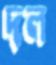
দল